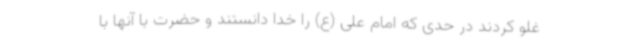
غلو کردند در حدی که امام علی (ع) را خدا دانستند و حضرت با آنها با